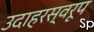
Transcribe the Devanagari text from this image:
उदाहरस्वरूप